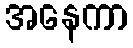
အနေကာ